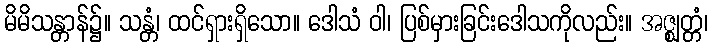
မိမိသန္တာန်၌။ သန္တံ၊ ထင်ရှားရှိသော။ ဒေါသံ ဝါ၊ ပြစ်မှားခြင်းဒေါသကိုလည်း။ အဇ္ဈတ္တံ၊